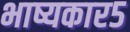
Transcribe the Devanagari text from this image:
भाष्यकार५